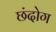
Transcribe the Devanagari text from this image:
छंदोग